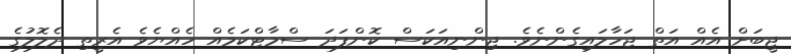
ޖީބަށް އެއް އަތް ޖަހާލައިގެންނެވެ. ޖިންނިއަކަސް ކޮންފަދަ ސްމާޓްކަމެއް ހެއްޔެވެ އެރީތި ދެލޮލުގެ